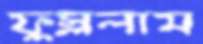
ফুস্‌ললাম